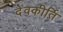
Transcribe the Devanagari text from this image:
देवकीर्ति